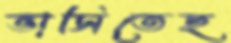
ভাসিতেছ